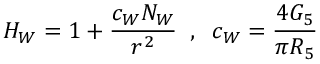
H _ { W } = 1 + \frac { c _ { W } N _ { W } } { r ^ { 2 } } \; \; , \; \; c _ { W } = \frac { 4 G _ { 5 } } { \pi R _ { 5 } }